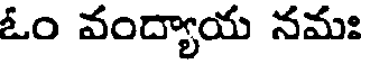
ఓం వంద్యాయ నమః